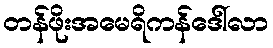
တန်ဖိုးအမေရိကန်ဒေါ်လာ